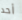
أحد